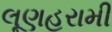
લૂણહરામી